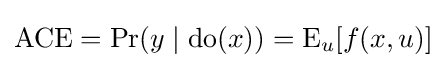
{\text{ACE}}=\Pr(y\mid {\text{do}}(x))=\operatorname {E} _{u}[f(x,u)]